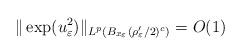
LaTeX: \begin{align*}\|\exp(u_\varepsilon^2)\|_{L^p(B_{x_\varepsilon}(\rho_\varepsilon'/2)^c)}=O(1)\end{align*}